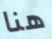
هنا